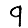
Digit: 9